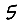
Digit: 5